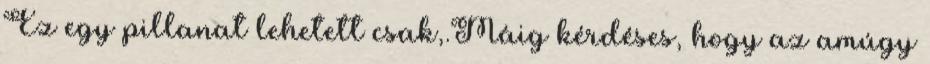
Ez egy pillanat lehetett csak,.Máig kérdéses, hogy az amúgy